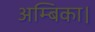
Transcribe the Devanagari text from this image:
अम्बिका।